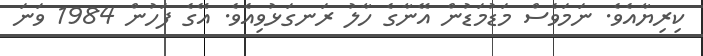
ކިރިޔާއެވެ. ނަމަވެސް މަޑުމަޑުން އޭނާގެ ހާލު ރަނގަޅުވިއެވެ. އޭގެ ފަހުން 1984 ވަނަ